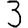
Digit: 3